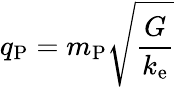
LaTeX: q_{\mathrm{P}}=m_{\mathrm{P}}{\sqrt{\frac{G}{k_{\mathrm{e}}}}}